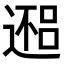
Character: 𬩀